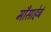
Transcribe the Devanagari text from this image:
माँसाहेबं